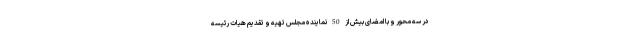
در سه محور و با امضای بیش از 50 نماینده مجلس تهیه و تقدیم هیات رئیسه